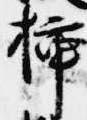
挿